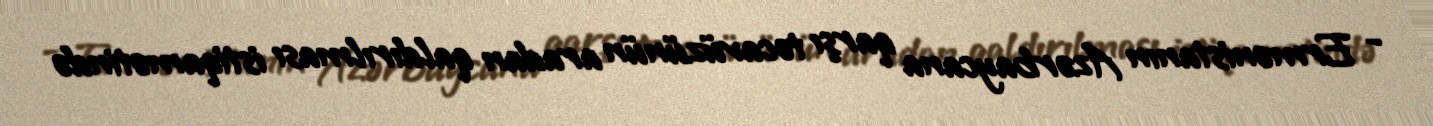
- Ermənistanın Azərbaycana qarşı təcavüzünün aradan qaldırılması istiqamətində